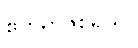
ဧကရာဇစရိယ။